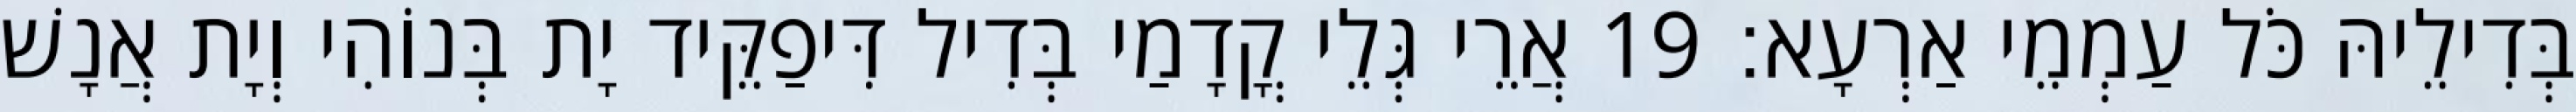
בְּדִילֵיהּ כֹּל עַמְמֵי אַרְעָא׃ 19 אֲרֵי גְּלֵי קֳדָמַי בְּדִיל דִּיפַקֵּיד יָת בְּנוֹהִי וְיָת אֲנָשׁ